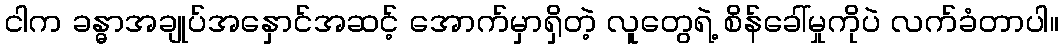
ငါက ခန္ဓာအချုပ်အနှောင်အဆင့် အောက်မှာရှိတဲ့ လူတွေရဲ့ စိန်ခေါ်မှုကိုပဲ လက်ခံတာပါ။